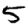
Digit: 5